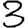
Digit: 3